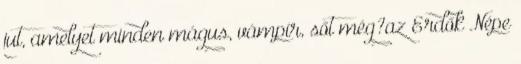
jut, amelyet minden mágus, vámpír, sőt még?az Erdők Népe